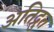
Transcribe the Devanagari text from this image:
अतिद्रुत